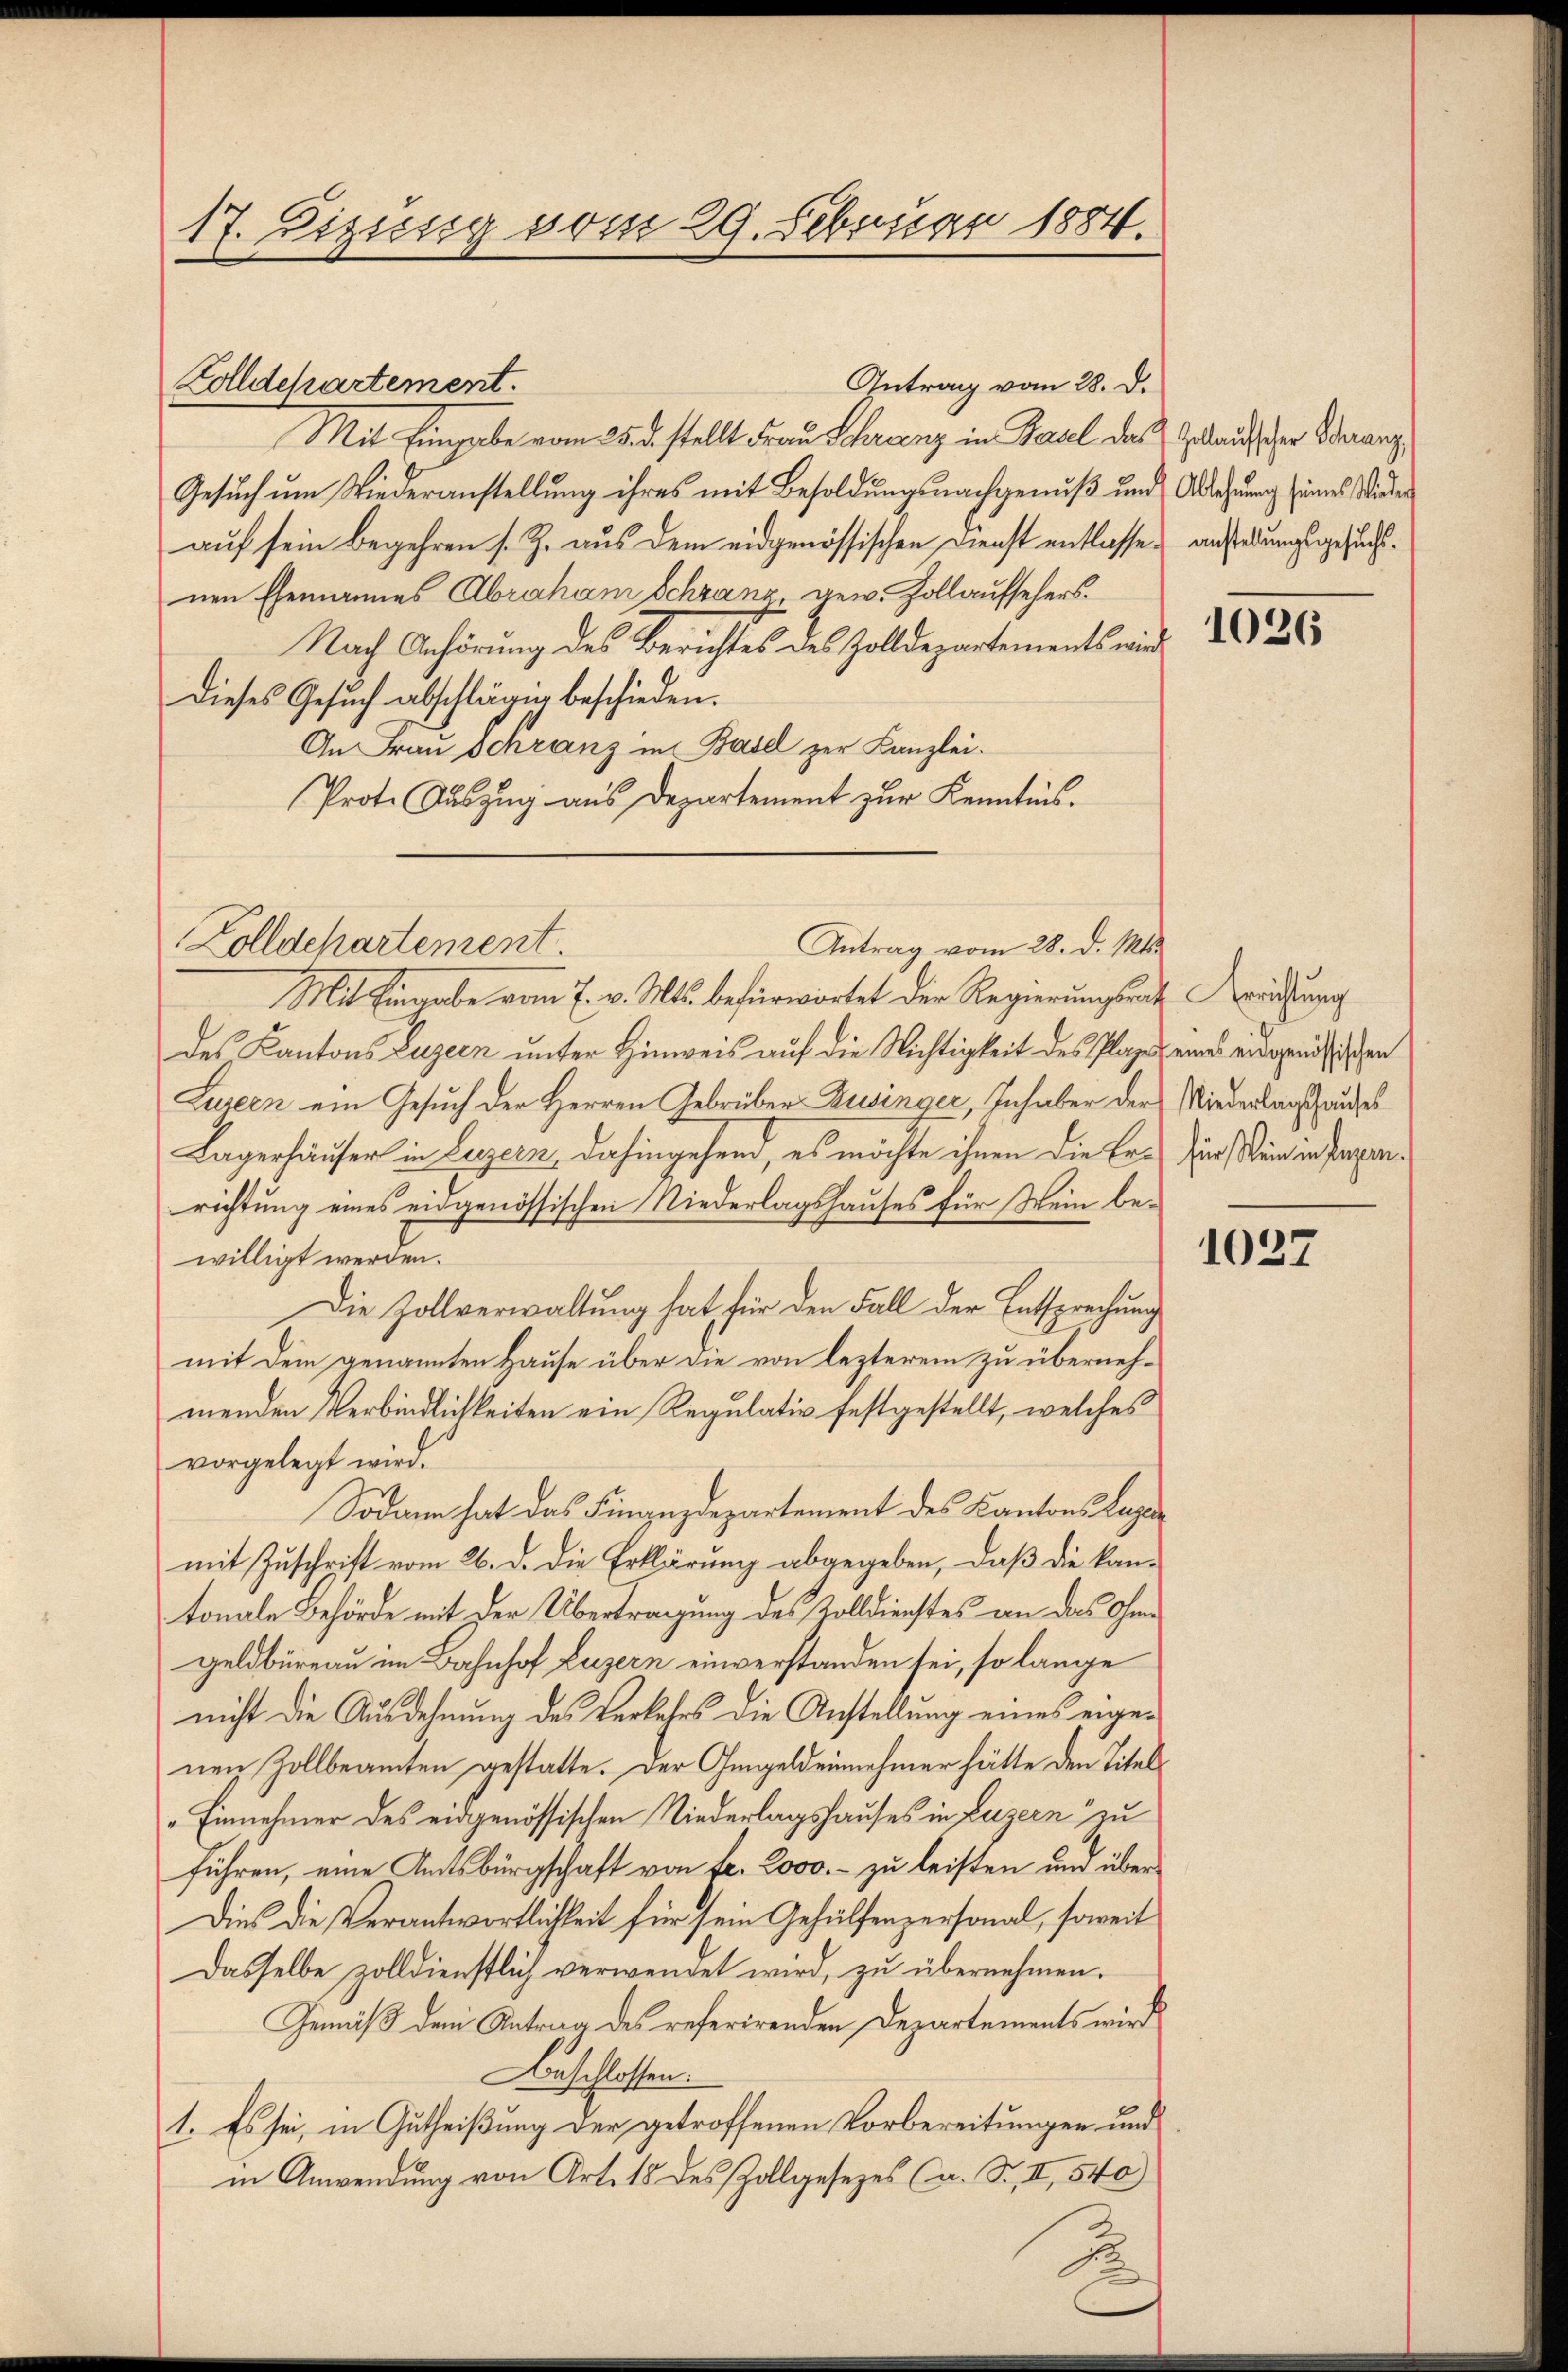
17. Lizisig vom 29. Februar 1884.

Mit Eingabe vom 25. d. stellt Frau Schranz in Paul des Geländischer Vorang
Gesuch um Wiederanstellung ihres mit Besoldungsnachgenuß und Ablehnung seines Wider
auf sein begehren s. Z. aus dem eidgenössischen Dienst entlasse, ansedungsgesuchtnen Ehemannes Abraham Schranz, gew. Zollaufsehers.
Nach Anhörung des Berichtes des Zolldepartements wird
Dieses Gesŭch abschlägig beschieden.
An Frau Schranz in Basel zur Kanzlei.
Prote Auszug aus Departement zur Kenntnis.

Zolldepartement.

Antrag vom 28. d.

Zolldepartement.
Antrag vom 28. d. Mts.

Mit Eingabe vom 7. v. Mts. befürwortet der Regierungsrath weichung
des Kantons Luzern unter Hinweis auf die Nichtigkeit des Plages eines eidgenössischen
Luzern ein Gesuch der Herren Gebrüber Zusinger, Inhaber der Niederlagshauses
Lagerhäuser in Luzern, dahingehen, es möchte ihnen die Er- für ein in Papenrichtung eines eidgenössischen Niederlagshauses für Wein bewilligt werden.
Die Zollverwaltung hat für den Fall der Entsprechung
mit dem genannten Hause über die von lezterem zu übernehmenden Verbindlichkeiten ein Regulativ festgestellt, welches
vorgelegt wird.
Sodann hat das Finanzdepartement des Kantons Luzer
mit Zuschrift vom 26. d. die Erklärung abgegeben, daß die kantonale Behörde mit der Übertragung des Zolldienstes an das Ohren
geldbureau im Bahnhof Luzern einverstanden sei, so lange
nicht die Ausdehnung des Verkehrs die Anstellung eines eigenen Zollbeamten gestatte. Der Ohmgeldeinnehmer hätte den Titel¬
"Einnehmer des eidgenössischen Niederlagshauses in Luzern zu
führen, eine Amtsbürgschaft von fr. 2000.- zu leisten und über¬
Dies die Verantwortlichkeit für sein Gehülfenpersonal, soweit
Dasselbe zolldienstlich verwendet wird, zu übernehmen.
Gemäß dem Antrag des referirenden Departements wird
Beschlossen:
1. Es sei, in Gutheißung der getroffenen Vorbereitungen und
in Anwendung von Art. 15 des Zollgesezes (a. S. II, 540)

1026

1027